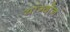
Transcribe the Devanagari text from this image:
यांग्दोन